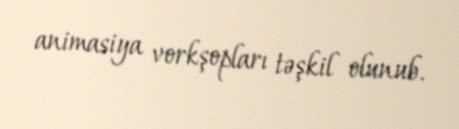
animasiya vorkşopları təşkil olunub.